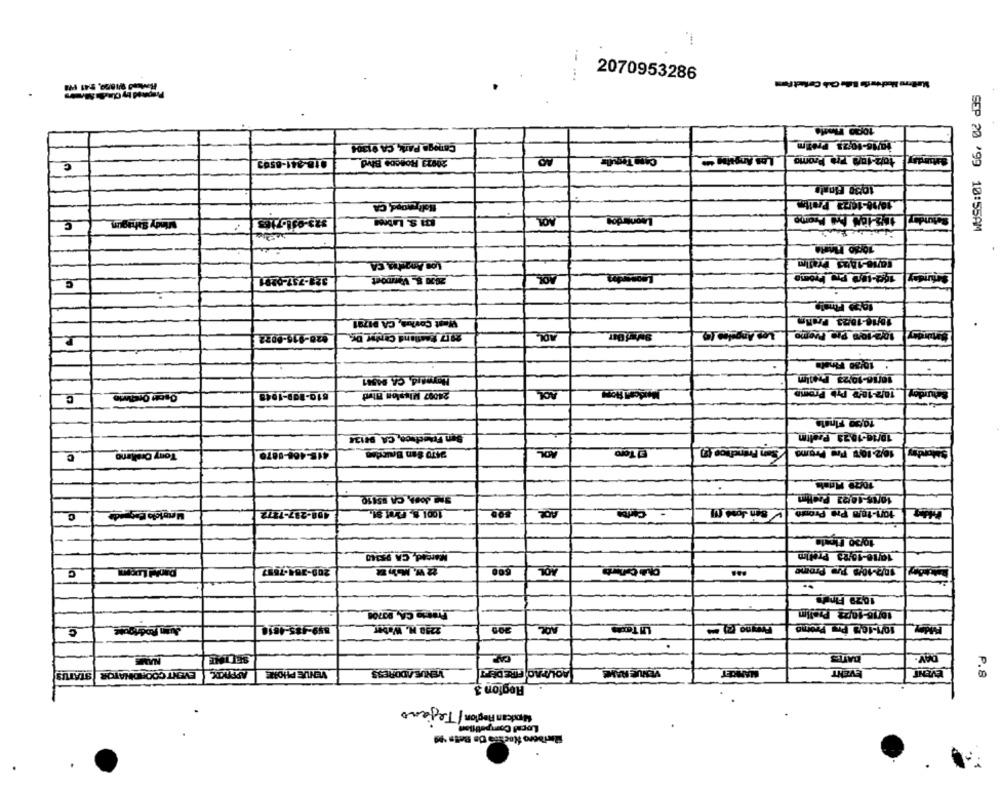
i.
-- ...
2070953286
1000 Finde
10/16-1023 Prifm
Canoga Park, CA 91306
018-241-8593
AQ
Come Torule
Los Angstan Ome
to/2-100 220 Promo
Satu
C
20923 Rogane Blvd
10/30 Finale
Mindy Sahagun
831 S. Labeen
Leonardos
SEP 20 '99 10:55AM
10glo Forte
Los Angeles, CA
323-737-0291
2000 S. VIDoct
AOL
Mefunday
West Covlos, CA 91791
10/16-10/23 Prolly
AOL
10/2-10 0 Pro Prompe
P
820-915-8022
2017 gastland Carter Dr.
10480 Finala
10/16-10:23 Prelim
C
510-109-1948
24007 Mission Blvd
AOL
10/2-1047 Pab Promo
Saturday
1000 Finale
San Francisco, CA 94134
10/10-10.23_Pzeitm
415-408-0870
2470 San Bruinden
AOL
El Toro
10/2-107 Pre Promo
Swordy
C
Tony Ormlang
1009 Most
.
10/15-10/23 Prelim
408-287-7272
1001 5, F301 91.
AOL
10/1-1050 Pre Pronto
Marcad, CA 95340
10/16-10/23 Prelim
C
200-304-7887
22 W. Main De
AOL
102-104 Te Prome
1029 Finale
10/16-10/22 Prelim
Pretto CA, 90700
859-185-4618
2238 H. Weber
AOL
200
SETTHE
DATES
NAME
APPAKY
VENUE PHONE
VENUS ADDRESS
BOLIPAO FIRE DEPT
VENUE RAME
EVENT
EVENT
EVENT COORDINATOR STATUS
Region 3
P.8
Modcan Ragion Tejano
Local Competition